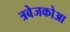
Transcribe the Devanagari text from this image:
त्रबेजकोआ